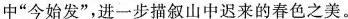
中”今始发”，进一步描叙山中迟来的春色之美。